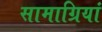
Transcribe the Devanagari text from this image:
सामाग्रियां